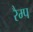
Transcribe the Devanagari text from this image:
रैम्‍प